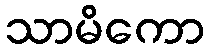
သာမိကော